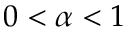
0 < \alpha < 1